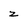
Character: z